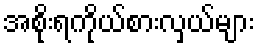
အစိုးရကိုယ်စားလှယ်များ